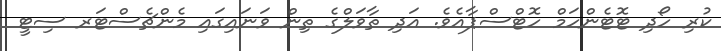
ކުރި ހޯދި ޓޮޓެންހަމް ހޮޓްސްޕާއެވެ. އަދި ތާވަލްގެ ތިން ވަނައިގައި މެންޗެސްޓަރ ސިޓީ